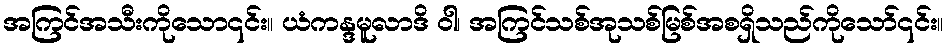
အကြင်အသီးကိုသော၎င်း။ ယံကန္ဒမူလာဒိ ဝါ၊ အကြင်သစ်အုသစ်မြစ်အစရှိသည်ကိုသော်၎င်း။